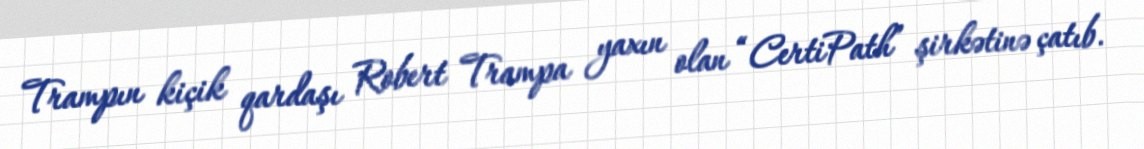
Trampın kiçik qardaşı Robert Trampa yaxın olan “CertiPath” şirkətinə çatıb.